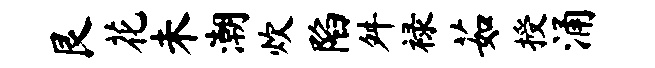
艮花未潮炊陷舛禄茹授涌